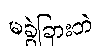
မခွဲခြားဘဲ